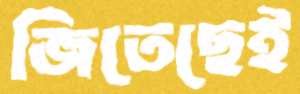
জিতেছেই